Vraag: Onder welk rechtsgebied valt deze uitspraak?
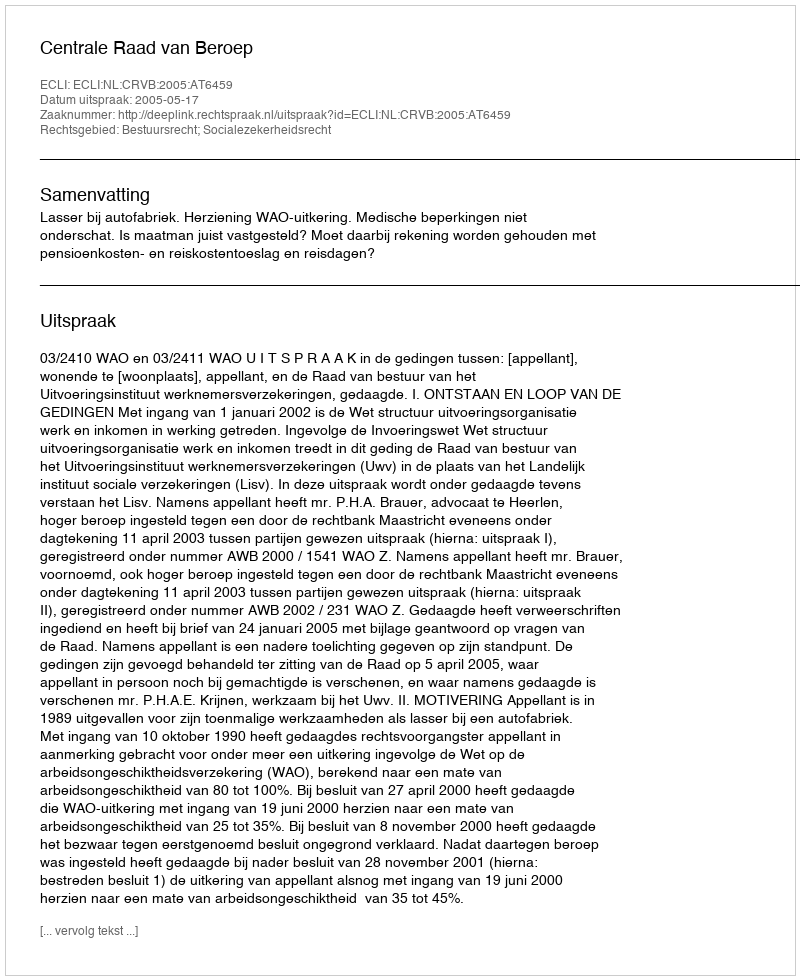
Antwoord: Bestuursrecht; Socialezekerheidsrecht